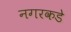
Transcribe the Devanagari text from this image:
नगरकडे